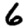
Digit: 6